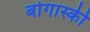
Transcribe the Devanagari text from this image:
बोगास्की